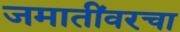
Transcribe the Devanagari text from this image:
जमातींवरचा